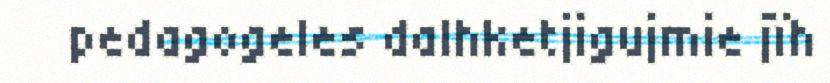
pedagogeles dalhketjigujmie jïh